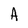
Character: A